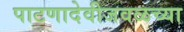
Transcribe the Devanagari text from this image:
पाटणादेवीजवळच्या